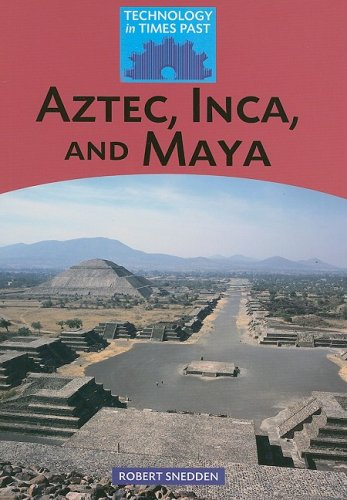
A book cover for Aztec, Inca, and Maya (Technology in Times Past); Robert Snedden; Children's Books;